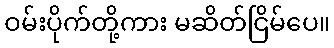
ဝမ်းပိုက်တို့ကား မဆိတ်ငြိမ်ပေ။